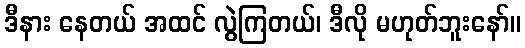
ဒီနား နေတယ် အထင် လွဲကြတယ်၊ ဒီလို မဟုတ်ဘူးနော်။